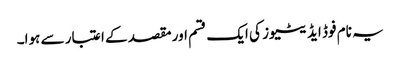
یہ نام فوڈ ایڈیٹیوز کی ایک قسم اور مقصد کے اعتبار سے ہوا۔